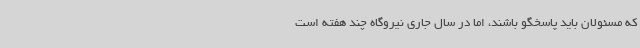
که مسئولان باید پاسخگو باشند، اما در سال جاری نیروگاه چند هفته است